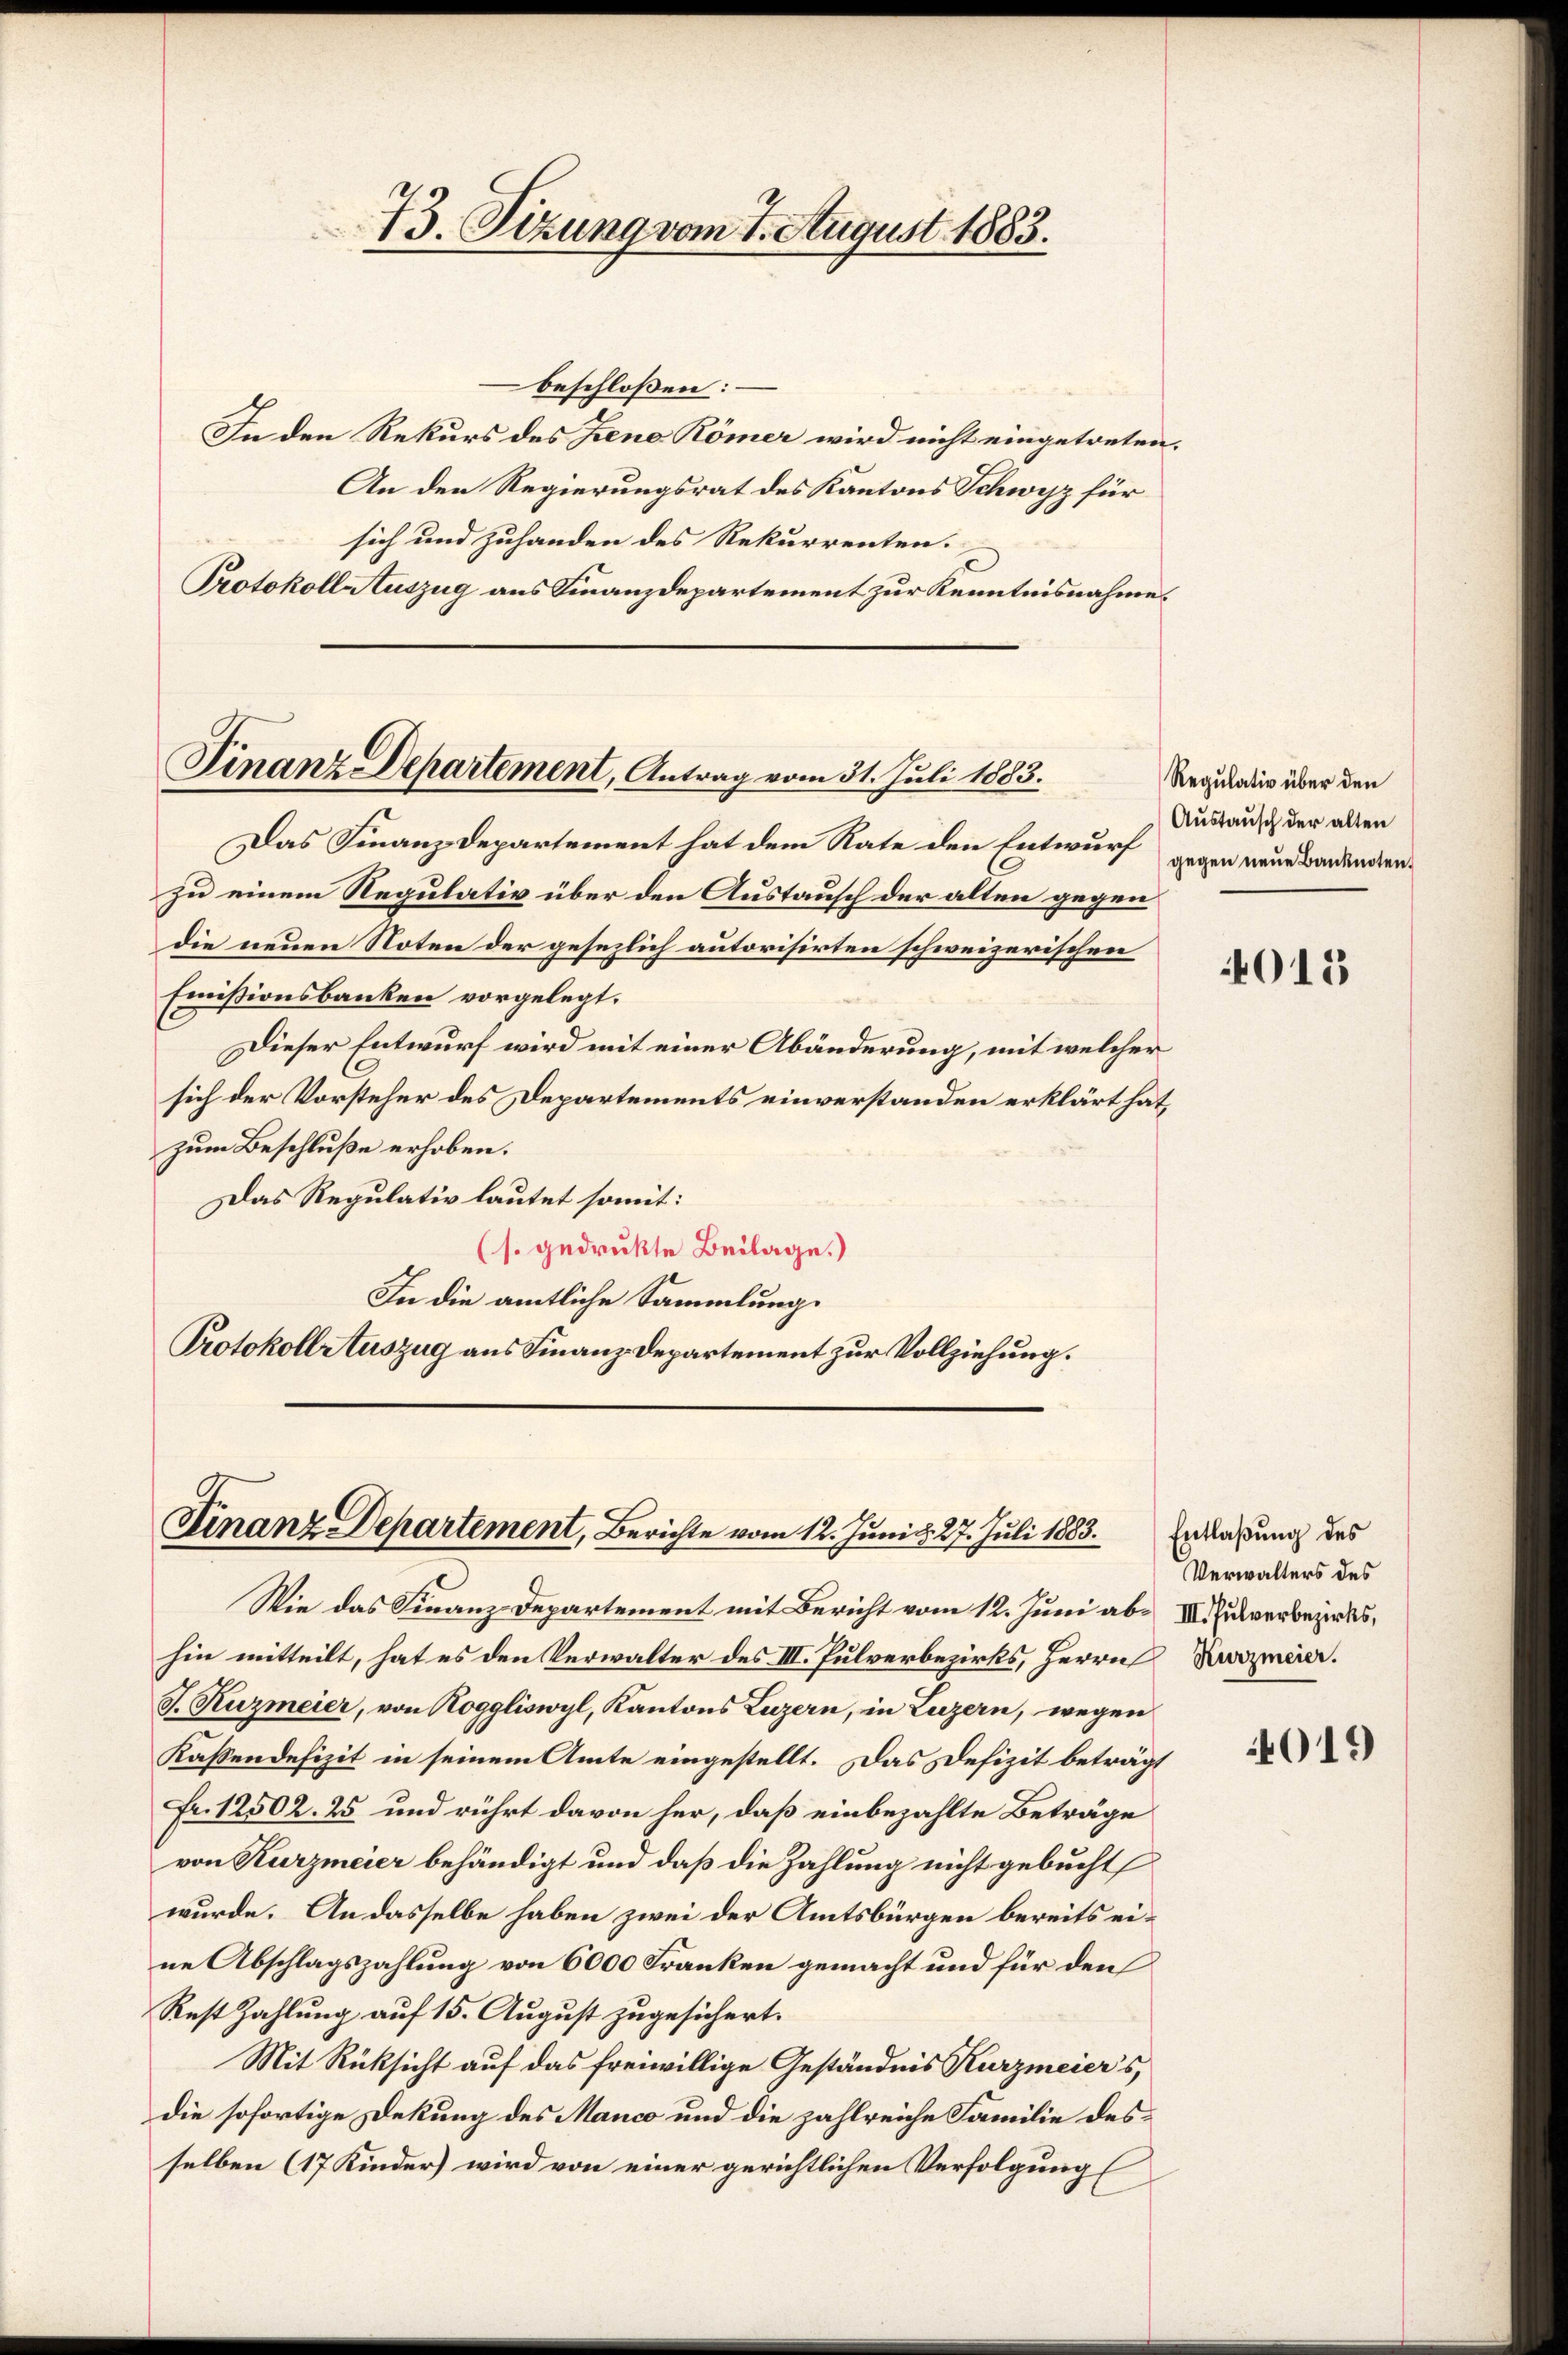
73. Tizung vom 1. August 1883.

Finanz-Departement, Antrag vom 31. Juli 1883.

beschlossen:
In den Rekurs des Jene Römer wird nicht eingetreten.
An den Regierungsrat des Kantons Schwyz für
sich und zuhanden des Rekurrenten.
Protokoll Auszug aus Finanzdepartement zur Kenntnisnahme,

Das Finanzdepartement hat dem Rate den Entwurf
zu einem Regulativ über den Austausch der alten gegen
die neuen Noten der gesezlich autorisirten schweizerischen
Emissionsbanken vorgelegt.
Dieser Entwurf wird mit einer Abänderung, mit welcher
sich der Vorsteher des Departements einverstanden erklärt hat,
zum Beschluße erhoben.
Das Regulativ lautet somit:
(s. gedrukte Beilage.)
In die amtliche Sammlung.
Protokollstuszug aus Finanz-Departement zur Vollziehung.

Finanz Departement, Berichte vom 12. Juni d. 27. Juli 1883.

Regulativ über den
Austausch der alten
gegen neue Banknoten

Wie das Finanz-Departement mit Bericht vom 12. Juni ab III Pulverbezirkshin mitteilt, hat es den Verwalter des III. Pulverbezirks, Herrn Kurzmaier.
J. Kuzmeier, von Roggliswyl, Kantons Luzern, in Luzern, wegen
Kassendefizit in seinem Amte eingestellt. Das Defizit beträgt
Fr. 12502. 25 und rührt davon her, daß einbezahlte Beträge
von Kurzmeier behändigt und daß die Zahlung nicht gebucht
wurde. An dasselbe haben zwei der Amtsbürgen bereits eine Abschlagszahlung von 6000 Franken gemacht und für den
Rest Zahlung auf 15. August zugesichert.
Mit Rücksicht auf das freiwillige Geständnis Kurzmeier's,
die sofortige Dekung des Manco und die zahlreiche Familie des
selben (17 Kinder) wird von einer gerichtlichen Verfolgung

4013

Entlaßung des
Verwalters des

4011)